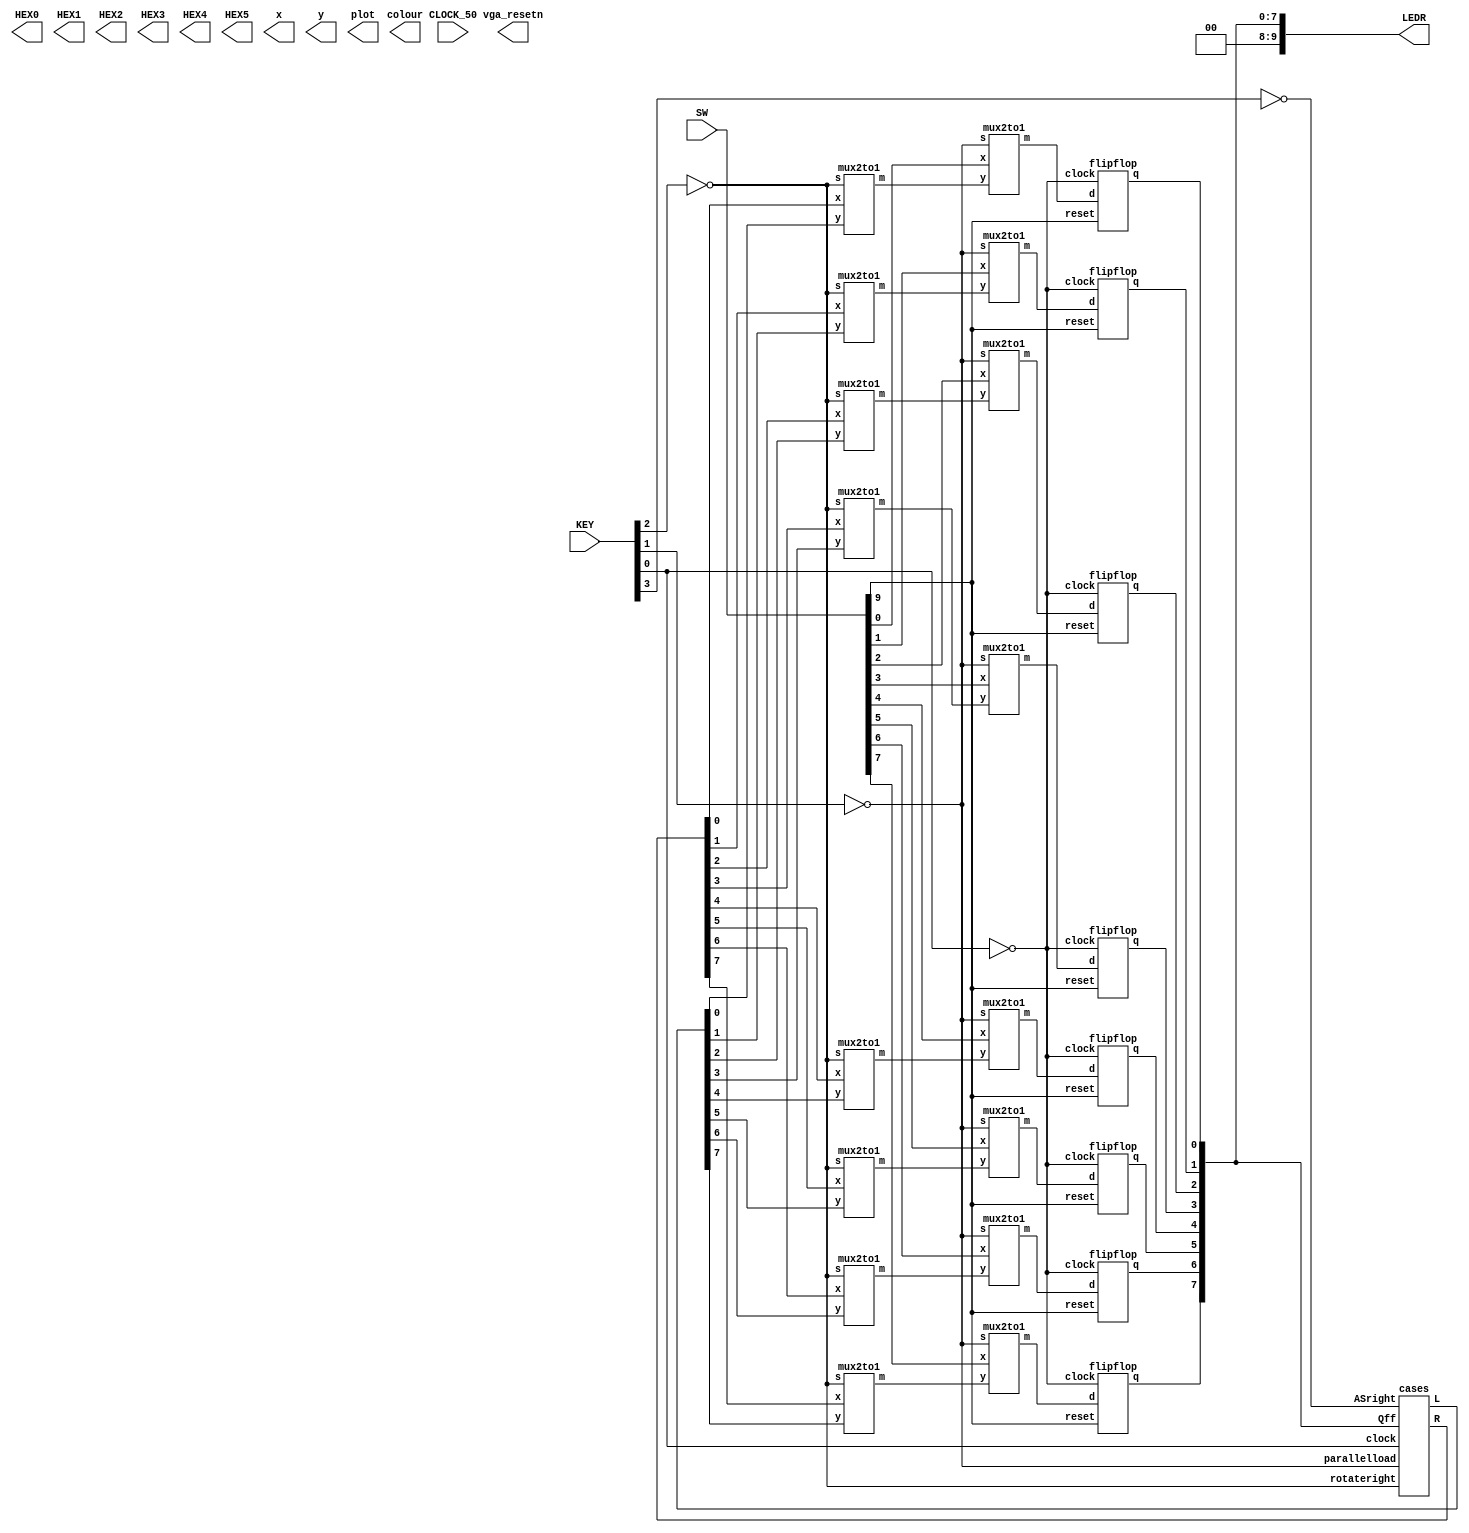
`timescale 1ns / 1ps
`default_nettype none

module main (
	input wire CLOCK_50,            //On Board 50 MHz
	input wire [9:0] SW,            // On board Switches
	input wire [3:0] KEY,           // On board push buttons
	output wire [6:0] HEX0,         // HEX displays
	output wire [6:0] HEX1,         
	output wire [6:0] HEX2,         
	output wire [6:0] HEX3,         
	output wire [6:0] HEX4,         
	output wire [6:0] HEX5,         
	output wire [9:0] LEDR,         // LEDs
	output wire [7:0] x,            // VGA pixel coordinates
	output wire [6:0] y,
	output wire [2:0] colour,       // VGA pixel colour (0-7)
	output wire plot,               // Pixel drawn when this is pulsed
	output wire vga_resetn          // VGA resets to black when this is pulsed (NOT CURRENTLY AVAILABLE)
	);
	
	wire [7:0]left;
	wire [7:0]right;
	wire [7:0]tomux;
	wire [7:0]todff;
	wire [7:0]Qff;
	
	assign LEDR = Qff;
	
	mux2to1 m0a (right[0], left[0], ~KEY[2], tomux[0]);
	mux2to1 m0b (SW[0], tomux[0], ~KEY[1], todff[0]);
	flipflop FF0 (todff[0], Qff[0], ~KEY[0], SW[9]);
//	assign right[1] = Qff[0];
//	assign left[7] = Qff[0];
	
	mux2to1 m1a (right[1], left[1], ~KEY[2], tomux[1]);
	mux2to1 m1b (SW[1], tomux[1], ~KEY[1], todff[1]);
	flipflop FF1 (todff[1], Qff[1], ~KEY[0], SW[9]);
//	assign right[2] = Qff[1];
//	assign left[0] = Qff[1];
	
	mux2to1 m2a (right[2], left[2], ~KEY[2], tomux[2]);
	mux2to1 m2b (SW[2], tomux[2], ~KEY[1], todff[2]);
	flipflop FF2 (todff[2], Qff[2], ~KEY[0], SW[9]);
//	assign right[3] = Qff[2];
//	assign left[1] = Qff[2];
	
	mux2to1 m3a (right[3], left[3], ~KEY[2], tomux[3]);
	mux2to1 m3b (SW[3], tomux[3], ~KEY[1], todff[3]);
	flipflop FF3 (todff[3], Qff[3], ~KEY[0], SW[9]);
//	assign right[4] = Qff[3];
//	assign left[2] = Qff[3];
	
	mux2to1 m4a (right[4], left[4], ~KEY[2], tomux[4]);
	mux2to1 m4b (SW[4], tomux[4], ~KEY[1], todff[4]);
	flipflop FF4 (todff[4], Qff[4], ~KEY[0], SW[9]);
//	assign right[5] = Qff[4];
//	assign left[3] = Qff[4];
	
	mux2to1 m5a (right[5], left[5], ~KEY[2], tomux[5]);
	mux2to1 m5b (SW[5], tomux[5], ~KEY[1], todff[5]);
	flipflop FF5 (todff[5], Qff[5], ~KEY[0], SW[9]);
//	assign right[6] = Qff[5];
//	assign left[4] = Qff[5];
	
	mux2to1 m6a (right[6], left[6], ~KEY[2], tomux[6]);
	mux2to1 m6b (SW[6], tomux[6], ~KEY[1], todff[6]);
	flipflop FF6 (todff[6], Qff[6], ~KEY[0], SW[9]);
//	assign right[7] = Qff[6];
//	assign left[5] = Qff[6];
	
	mux2to1 m7a (right[7], left[7], ~KEY[2], tomux[7]);
	mux2to1 m7b (SW[7], tomux[7], ~KEY[1], todff[7]);
	flipflop FF7 (todff[7], Qff[7], ~KEY[0], SW[9]);
//	assign right[0] = Qff[7];
//	assign left[6] = Qff[7];
	cases c(~KEY[1], ~KEY[2], ~KEY[3], KEY[0], right, left, Qff);
	
endmodule

module cases(parallelload, rotateright, ASright, clock, R, L, Qff);
	
	input wire parallelload;
	input wire rotateright;
	input wire ASright;
	input wire clock;
	input wire [7:0]Qff;
	
	output reg [7:0]L;
	output reg [7:0]R;


always@(*)
	begin
		
		if(parallelload && rotateright && ASright)
		begin//arithmetic shift right
			R[1] <= Qff[0];
			L[7] <= Qff[7]; //value of 7 always on left!
			
			R[2] <= Qff[1];
			L[0] <= Qff[1];
			
			R[3] <= Qff[2];
			L[1] <= Qff[2];
			
			R[4] <= Qff[3];
			L[2] <= Qff[3];
			
			R[5] <= Qff[4];
			L[3] <= Qff[4];
			
			R[6] <= Qff[5];
			L[4] <= Qff[5];
			
			R[7] <= Qff[6];
			L[5] <= Qff[6];
			
			R[0] <= Qff[7];
			L[6] <= Qff[7];
		end	
		else 
		begin//regular assignments for left/right rotation
			R[1] <= Qff[0];
			L[7] <= Qff[0];
			
			R[2] <= Qff[1];
			L[0] <= Qff[1];
			
			R[3] <= Qff[2];
			L[1] <= Qff[2];
			
			R[4] <= Qff[3];
			L[2] <= Qff[3];
			
			R[5] <= Qff[4];
			L[3] <= Qff[4];
			
			R[6] <= Qff[5];
			L[4] <= Qff[5];
			
			R[7] <= Qff[6];
			L[5] <= Qff[6];
			
			R[0] <= Qff[7];
			L[6] <= Qff[7];
		end
	end

endmodule

module mux2to1(x, y, s, m);
    input wire x; //select 0
    input wire y; //select 1
    input wire s; //select signal
    output wire m; //output
  
    //assign m = s & y | ~s & x;
    // OR
    assign m = s ? y : x;

endmodule

module flipflop(d, q, clock, reset);
	input wire d, clock, reset;
	
	output reg q;
	
	always@(posedge clock)
	begin
		if(reset == 1)
			q <= 0;
		else
			q <=d;
	end
	
endmodule